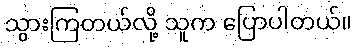
သွားကြတယ်လို့ သူက ပြောပါတယ်။